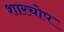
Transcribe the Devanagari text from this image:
शारचोप